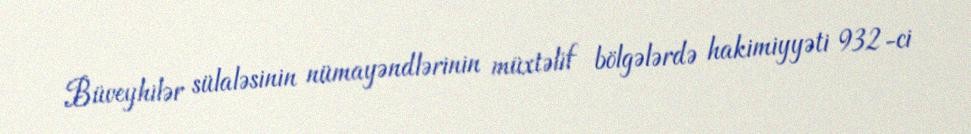
Büveyhilər sülaləsinin nümayəndlərinin müxtəlif bölgələrdə hakimiyyəti 932-ci